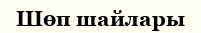
Шөп шайлары